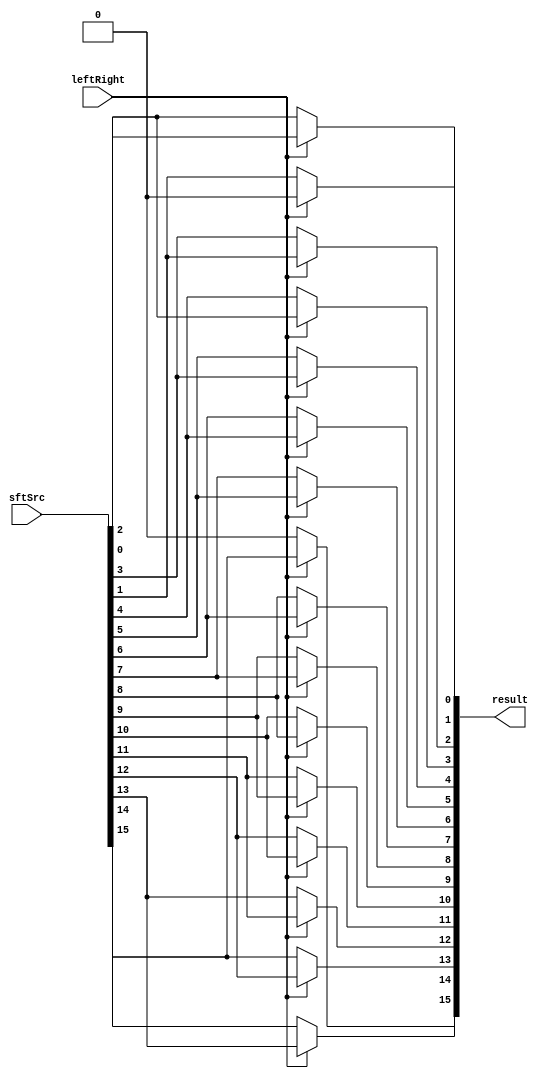
module Shifter( result, leftRight, sftSrc );
    
  output wire[15:0] result;

  input wire leftRight;
  input wire[15:0] sftSrc;
  
  // every result bit uses one 2-to-1 MUX
  assign result[0] = (leftRight==0) ? sftSrc[1] : 0;
  assign result[1] = (leftRight==0) ? sftSrc[2] : sftSrc[0];
  assign result[2] = (leftRight==0) ? sftSrc[3] : sftSrc[1];
  assign result[3] = (leftRight==0) ? sftSrc[4] : sftSrc[2];
  assign result[4] = (leftRight==0) ? sftSrc[5] : sftSrc[3];
  assign result[5] = (leftRight==0) ? sftSrc[6] : sftSrc[4];
  assign result[6] = (leftRight==0) ? sftSrc[7] : sftSrc[5];
  assign result[7] = (leftRight==0) ? sftSrc[8] : sftSrc[6];
  assign result[8] = (leftRight==0) ? sftSrc[9] : sftSrc[7];
  assign result[9] = (leftRight==0) ? sftSrc[10] : sftSrc[8];
  assign result[10] = (leftRight==0) ? sftSrc[11] : sftSrc[9];
  assign result[11] = (leftRight==0) ? sftSrc[12] : sftSrc[10];
  assign result[12] = (leftRight==0) ? sftSrc[13] : sftSrc[11];
  assign result[13] = (leftRight==0) ? sftSrc[14] : sftSrc[12];
  assign result[14] = (leftRight==0) ? sftSrc[15] : sftSrc[13];
  assign result[15] = (leftRight==0) ? 0 : sftSrc[14];
  //assign result = (leftRight==0) ? (sftSrc >> 1) : (sftSrc << 1);

endmodule